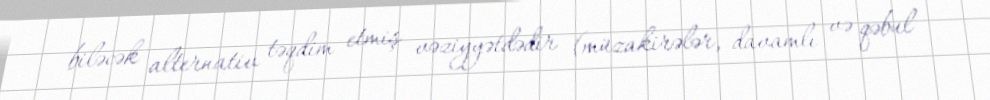
biləcək alternativ təqdim etmiş vəziyyətdədir (müzakirələr, davamlı və qəbul